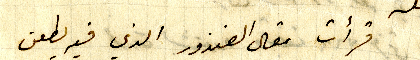
قرأت مقال الغندور الذي فيه يطعن